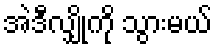
အဲဒီလျှိုကို သွားမယ်